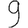
Digit: 9